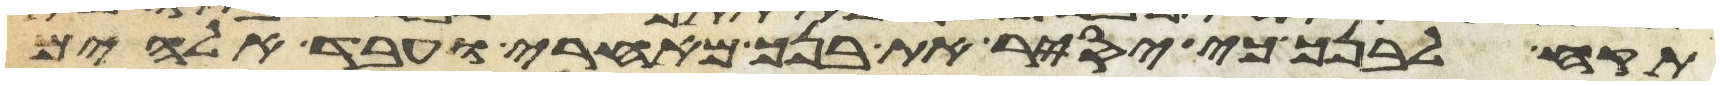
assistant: תקח לבנך כי יסיר את בנך מאחרי ועבד אלהים